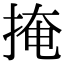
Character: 掩